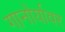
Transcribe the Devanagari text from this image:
गानोर्यावर